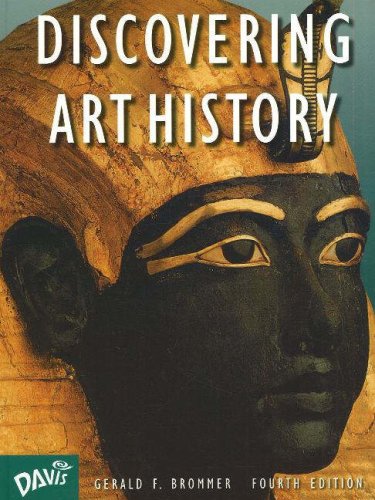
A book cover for Discovering Art History; Gerald F. Brommer; Teen & Young Adult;